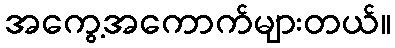
အကွေ့အကောက်များတယ်။